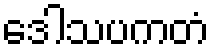
ဒေါသပကတံ